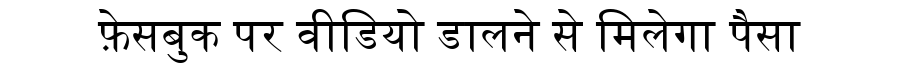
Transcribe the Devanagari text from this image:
फ़ेसबुक पर वीडियो डालने से मिलेगा पैसा